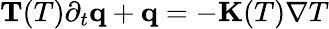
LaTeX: \begin{array}{r}{\mathbf T(T)\partial_{t}\mathbf q+\mathbf q=-\mathbf K(T)\nabla T}\end{array}